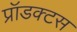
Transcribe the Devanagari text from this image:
प्रॉडक्टस